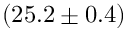
( 2 5 . 2 \pm 0 . 4 )